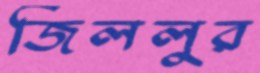
জিললুর